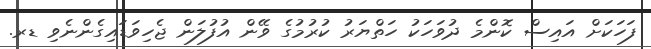
ފަހަކަށް އައިސް ކޮންމެ ދުވަހަކު ހަތްޔަރު ކުރުމުގެ ވޭން އުފުލަން ޖެހިވަޑައިގެންނެވި ޑރ.